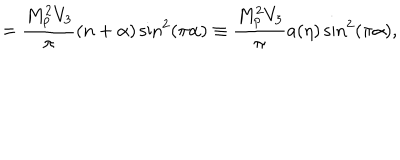
= \frac { M _ { p } ^ { 2 } V _ { 3 } } { \pi } ( n + \alpha ) \sin ^ { 2 } ( \pi \alpha ) \equiv \frac { M _ { p } ^ { 2 } V _ { 3 } } { \pi } a ( \eta ) \sin ^ { 2 } ( \pi \alpha ) ,